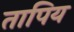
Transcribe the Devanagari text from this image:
तापिय